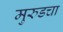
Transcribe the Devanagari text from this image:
मुरुडचा